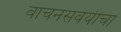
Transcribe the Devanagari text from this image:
वाचनसवयींचा